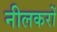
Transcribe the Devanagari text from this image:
नीलकरों